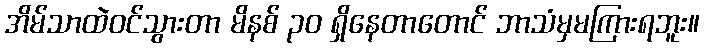
အိမ်သာထဲဝင်သွားတာ မိနစ် ၃၀ ရှိနေတာတောင် ဘာသံမှမကြားရဘူး။